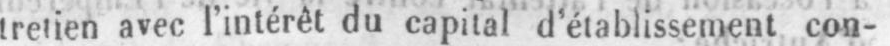
tretien avec l’intérêt du capital d’établissement con-